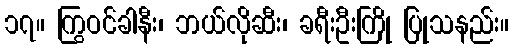
၁၇။ ကြွဝင်ခါနီး၊ ဘယ်လိုဆီး၊ ခရီးဦးကြို ပြုသနည်း။